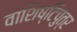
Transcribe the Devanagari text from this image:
वाशिष्टिपुत्र